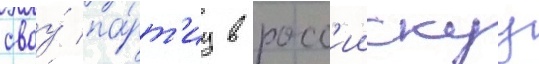
своу́ па́рт'иу в росс'иискуу